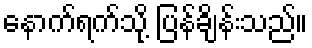
နောက်ရက်သို့ ပြန်ချိန်းသည်။